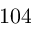
1 0 4